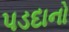
પડદાનો